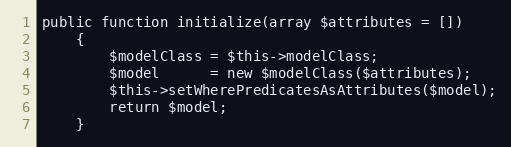
Language: PHP
public function initialize(array $attributes = [])
    {
        $modelClass = $this->modelClass;
        $model      = new $modelClass($attributes);
        $this->setWherePredicatesAsAttributes($model);
        return $model;
    }